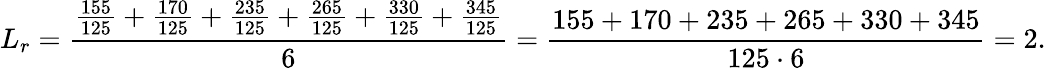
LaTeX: L_{r}=\frac{\frac{155}{125}+\frac{170}{125}+\frac{235}{125}+\frac{265}{125}+\frac{330}{125}+\frac{345}{125}}{6}=\frac{155+170+235+265+330+345}{125\cdot 6}=2.